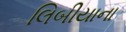
લિબીયાના